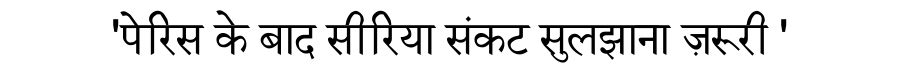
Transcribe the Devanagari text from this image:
'पेरिस के बाद सीरिया संकट सुलझाना ज़रूरी '